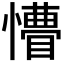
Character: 𭟆